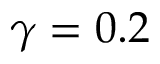
\gamma = 0 . 2